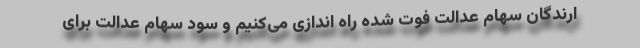
ارندگان سهام عدالت فوت شده راه اندازی می‌کنیم و سود سهام عدالت برای